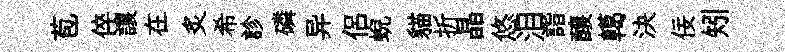
苞倅讓在炙希診磷异侶蜺貓折晶悠泪詣醸轕決佞矧